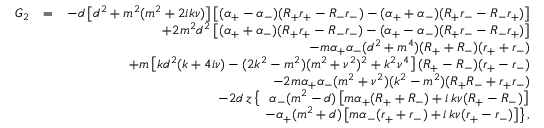
\begin{array} { r l r } { G _ { 2 } } & { = } & { - d \left[ d ^ { 2 } + m ^ { 2 } ( m ^ { 2 } + 2 i k \nu ) \right] \left[ ( \alpha _ { + } - \alpha _ { - } ) ( R _ { + } r _ { + } - R _ { - } r _ { - } ) - ( \alpha _ { + } + \alpha _ { - } ) ( R _ { + } r _ { - } - R _ { - } r _ { + } ) \right] } \\ & { } & { + 2 m ^ { 2 } d ^ { 2 } \left[ ( \alpha _ { + } + \alpha _ { - } ) ( R _ { + } r _ { + } - R _ { - } r _ { - } ) - ( \alpha _ { + } - \alpha _ { - } ) ( R _ { + } r _ { - } - R _ { - } r _ { + } ) \right] } \\ & { } & { - m \alpha _ { + } \alpha _ { - } ( d ^ { 2 } + m ^ { 4 } ) ( R _ { + } + R _ { - } ) ( r _ { + } + r _ { - } ) } \\ & { } & { + m \left[ k d ^ { 2 } ( k + 4 i \nu ) - ( 2 k ^ { 2 } - m ^ { 2 } ) ( m ^ { 2 } + \nu ^ { 2 } ) ^ { 2 } + k ^ { 2 } \nu ^ { 4 } \right] ( R _ { + } - R _ { - } ) ( r _ { + } - r _ { - } ) } \\ & { } & { - 2 m \alpha _ { + } \alpha _ { - } ( m ^ { 2 } + \nu ^ { 2 } ) ( k ^ { 2 } - m ^ { 2 } ) ( R _ { + } R _ { - } + r _ { + } r _ { - } ) } \\ & { } & { - 2 d \, z \left\{ \ \ \alpha _ { - } ( m ^ { 2 } - d ) \left[ m \alpha _ { + } ( R _ { + } + R _ { - } ) + i \, k \nu ( R _ { + } - R _ { - } ) \right] \right. } \\ & { } & { \qquad \quad \left. - \alpha _ { + } ( m ^ { 2 } + d ) \left[ m \alpha _ { - } ( r _ { + } + r _ { - } ) + i \, k \nu ( r _ { + } - r _ { - } ) \right] \right\} , } \end{array}